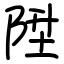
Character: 陞